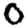
Digit: 0